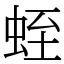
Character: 蛭